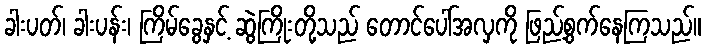
ခါးပတ်၊ ခါးပန်း၊ ကြိမ်ခွေနှင့် ဆွဲကြိုးတို့သည် တောင်ပေါ်အလှကို ဖြည့်စွက်နေကြသည်။